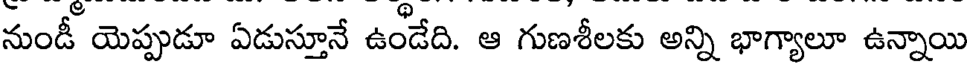
నుండీ యెప్పుడూ ఏడుస్తూనే ఉండేది. ఆ గుణశీలకు అన్ని భాగ్యాలూ ఉన్నాయి